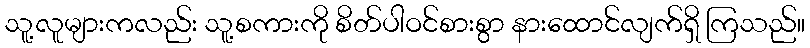
သူ့လူများကလည်း သူ့စကားကို စိတ်ပါဝင်စားစွာ နားထောင်လျက်ရှိ ကြသည်။